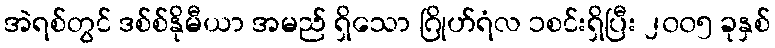
အဲရစ်တွင် ဒစ်စ်နိုမီယာ အမည် ရှိသော ဂြိုဟ်ရံလ ၁စင်းရှိပြီး ၂၀၀၅ ခုနှစ်